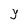
Character: y